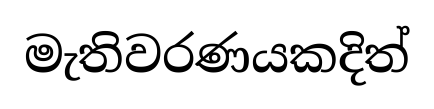
මැතිවරණයකදිත්